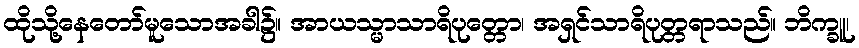
ထိုသို့နေတော်မူသောအခါ၌။ အာယသ္မာသာရိပုတ္တော၊ အရှင်သာရိပုတ္တရာသည်။ ဘိက္ခူ၊